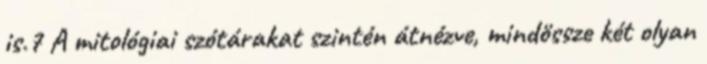
is.7 A mitológiai szótárakat szintén átnézve, mindössze két olyan